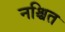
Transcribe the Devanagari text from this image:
नश्चित